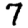
Digit: 7